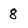
Character: 8